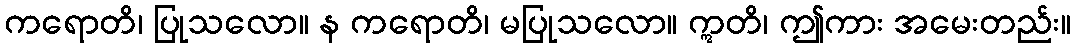
ကရောတိ၊ ပြုသလော။ န ကရောတိ၊ မပြုသလော။ ဣတိ၊ ဤကား အမေးတည်း။